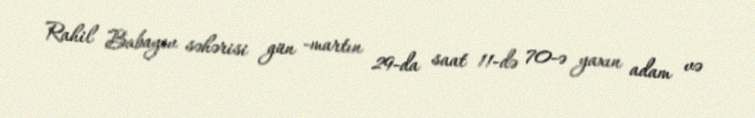
Rahil Babayev səhərisi gün -martın 29-da saat 11-də 70-ə yaxın adam və